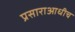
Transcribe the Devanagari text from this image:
प्रसाराआधीच